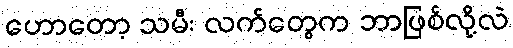
ဟောတော့ သမီး လက်တွေက ဘာဖြစ်လို့လဲ